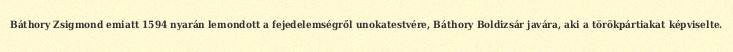
Báthory Zsigmond emiatt 1594 nyarán lemondott a fejedelemségről unokatestvére, Báthory Boldizsár javára, aki a törökpártiakat képviselte.